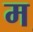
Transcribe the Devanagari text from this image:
मॢ